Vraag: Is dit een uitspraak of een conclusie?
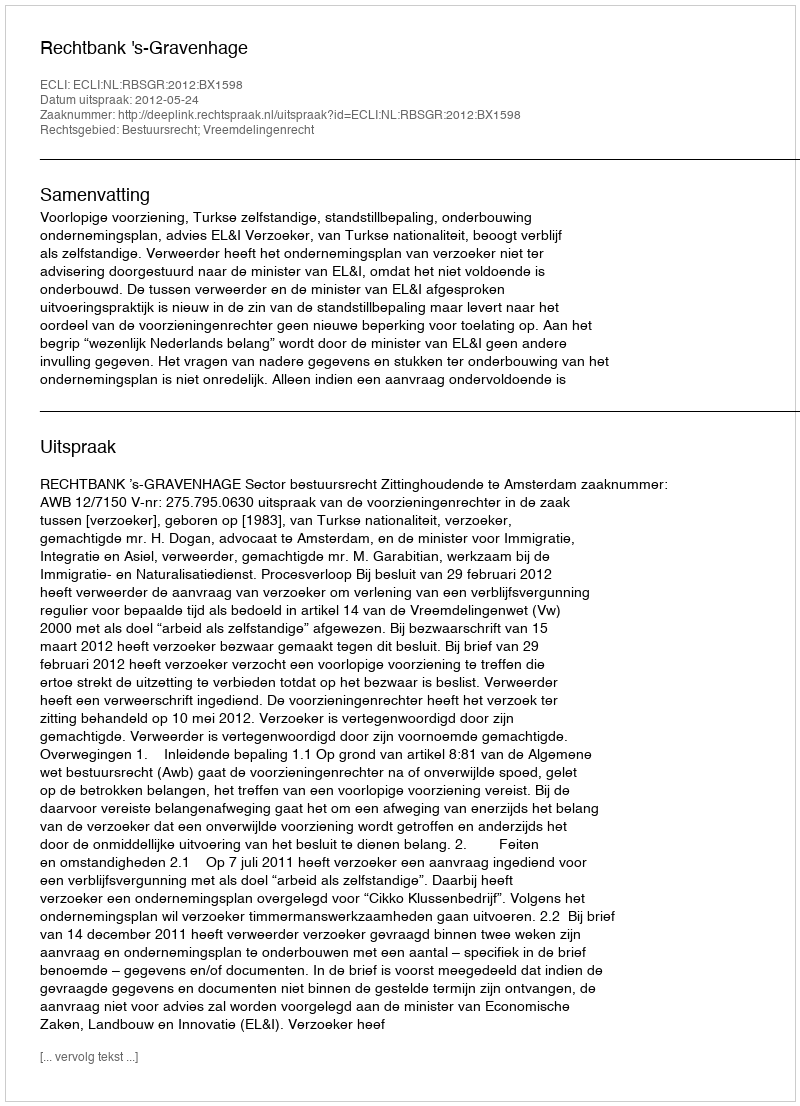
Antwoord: Uitspraak